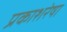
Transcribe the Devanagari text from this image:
प्रकाशरेषा